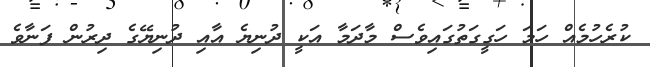
ކުރެހުމެއް ހަމަ ހަގީގަތުގައިވެސް މާދަމާ އަކީ ދުނިޔެ އާއި ދުނިޔޭގެ ދިރުން ފަނާވެ